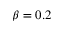
\beta = 0 . 2